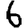
Digit: 6